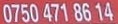
0750 471 86 14